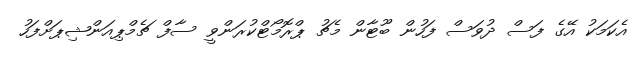
އެކަމަކު އޭގެ ފަސް ދުވަސް ފަހުން ބޫޓާން މެޗު ޕްރޮމޯޓްކުރަންވީ ސާފް ޗެމްޕިއަންޝިޕަށްފަހު